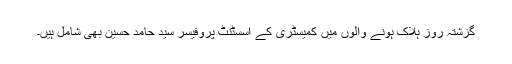
گزشتہ روز ہلاک ہونے والوں میں کمیسٹری کے اسسٹنٹ پروفیسر سید حامد حسین بھی شامل ہیں۔